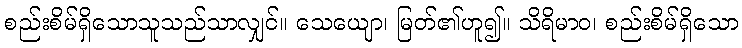
စည်းစိမ်ရှိသောသူသည်သာလျှင်။ သေယျော၊ မြတ်၏ဟူ၍။ သိရိမာဝ၊ စည်းစိမ်ရှိသော